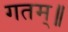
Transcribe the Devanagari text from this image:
गतम्॥